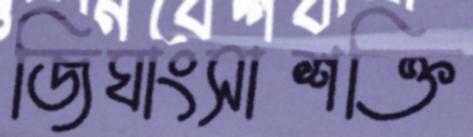
জিঘাংসাশক্তি